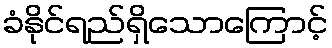
ခံနိုင်ရည်ရှိသောကြောင့်